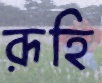
রূহি